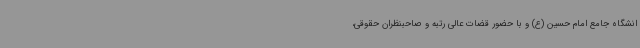
انشگاه جامع امام حسین (ع) و با حضور قضات عالی رتبه و صاحبنظران حقوقی،